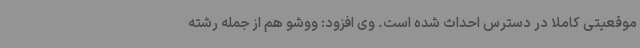
موقعیتی کاملا در دسترس احداث شده است. وی افزود: ووشو هم از جمله رشته